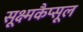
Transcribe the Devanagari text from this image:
सूक्ष्मकैप्सूल